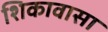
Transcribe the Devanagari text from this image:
शिकावासा